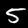
Label: 5